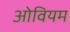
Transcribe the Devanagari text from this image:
ओवियम